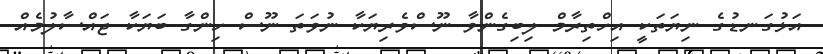
އަޅުގަނޑުގެ ނިޔަތަކީ އިހްތިރާމް ލިބިގެންވާ ނޫސްވެރިޔަކާ ނުވަތަ ނޫސް ހިންގާ ބަޔަކާ ޖައްސާލުމެއް